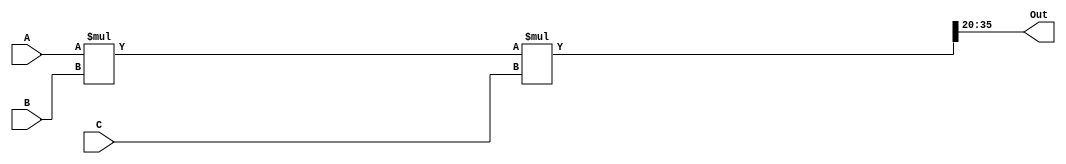
////////////////////////////////////////////////////////////////////////////////////////////////////////
//
// Institution   : Bandung Institute of Technology
//
// Design Name   : Multiplier with 3 input 
// Module Name   : mult_3in
// Project Name  : LSI Design Contest in Okinawa 2018
// Target Devices: Sigmoid Function
// Tool versions : FPGA
//
// Description: 
// 		Multiplying three input values
// 
// Input:
//  	A : 16 bit signed : First Value
//  	B : 16 bit signed : Second Value 
//  	C : 16 bit signed : Third Value 
//
// Output:
//  	out : 16 bit signed : Result 
//
// Revision: 
// Revision 0.01 - File Created
// Additional Comments: Multiplication using operator *
//
///////////////////////////////////////////////////////////////////////////////////////////////////////

module mult_3in (A, B, C, Out);

input signed [15:0] A, B, C;
output signed [15:0] Out;

wire signed [63:0] temp;

assign temp = A*B*C;
assign Out = temp[35:20];

endmodule